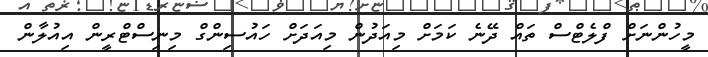
މީހުންނަށް ފްލެޓްސް ތައް ދޭނެ ކަމަށް މިއަދުން މިއަދަށް ހައުސިންގް މިނިސްޓްރީން އިއުލާން